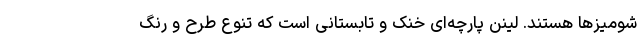
شومیزها هستند. لینن پارچه‌ای خنک و تابستانی است که تنوع طرح و رنگ